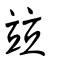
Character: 竝